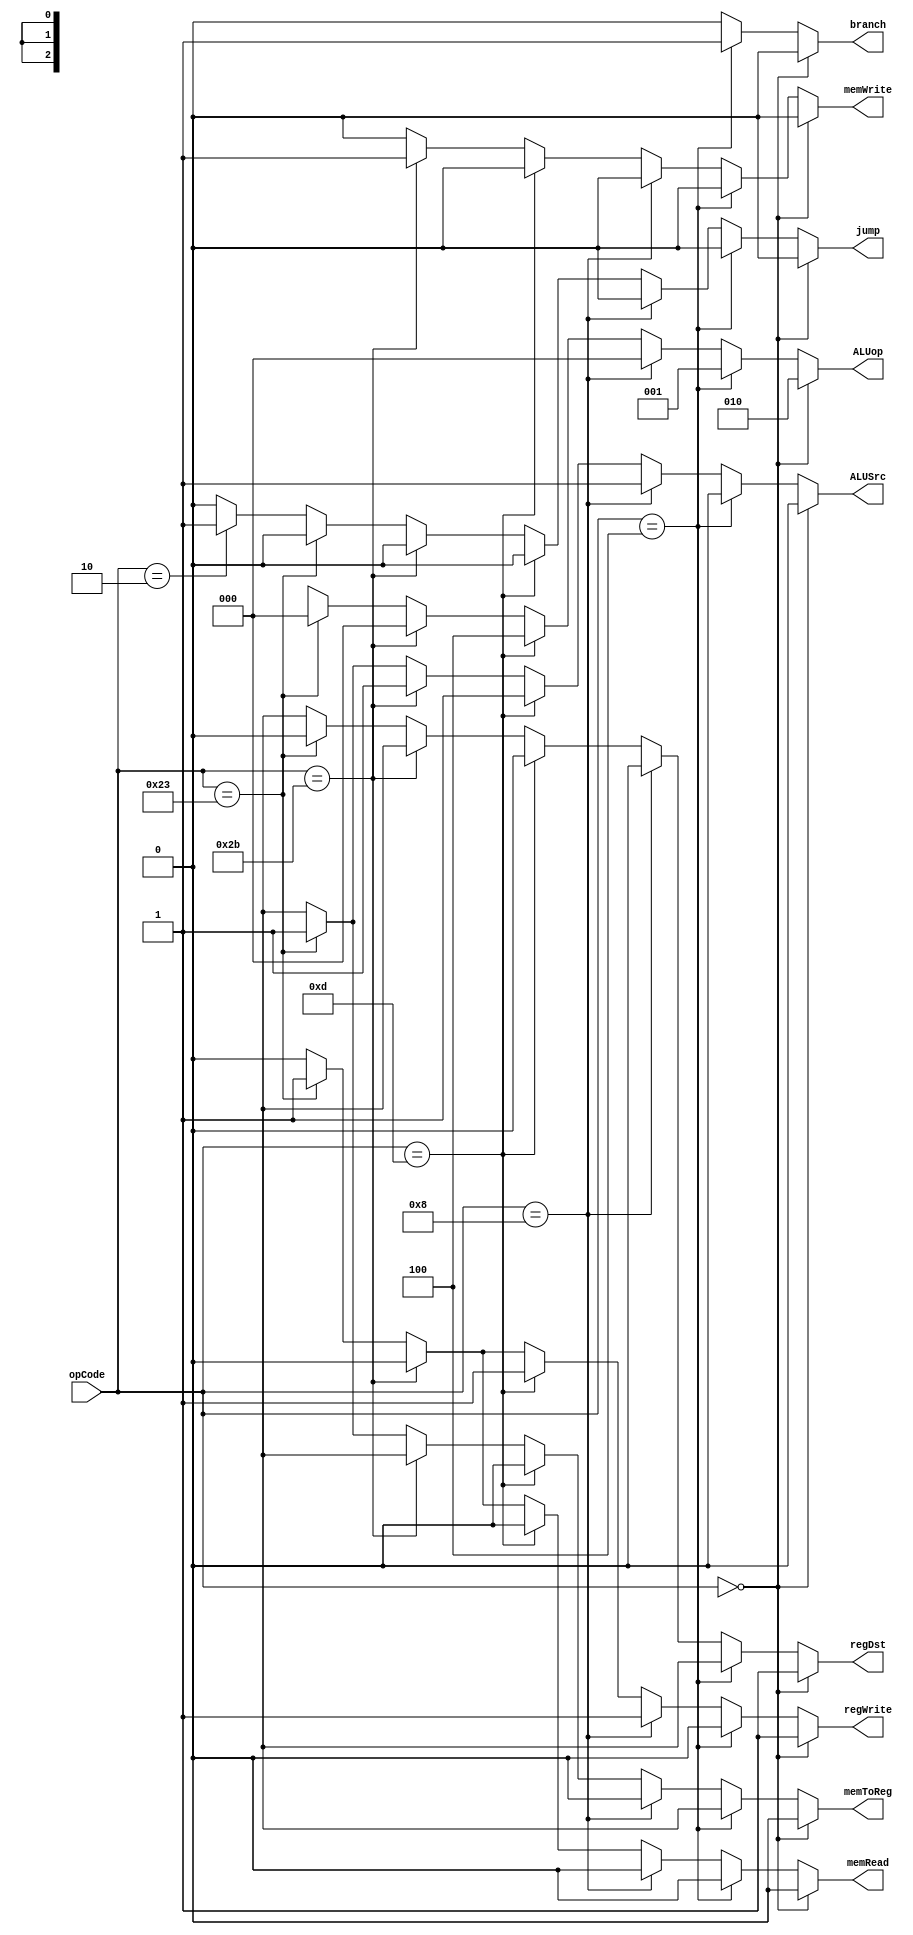
//control
module control(regDst, jump, branch, memRead, memToReg, ALUop, memWrite, ALUSrc, regWrite, opCode);

input[5:0] opCode;
output reg regDst,jump,branch,memRead,memToReg,memWrite,ALUSrc,regWrite;
output reg[2:0] ALUop;

always @(opCode)

begin


if(opCode==6'b000000) //R type 
begin
regDst<=1'b1;
jump<=1'b0;
branch<=1'b0;
memRead<=1'b0;
memToReg<=1'b0;
ALUop<=3'b010;
memWrite<=1'b0;
ALUSrc<=1'b0;
regWrite<=1'b1;
end


else if(opCode==6'b000100) //beq
begin
regDst<=1'bx;
jump<=1'b0;
branch<=1'b1;
memRead<=1'b0;
memToReg<=1'bx;
ALUop<=3'b001; //subtract 
memWrite<=1'b0;
ALUSrc<=1'b0;
regWrite<=1'b0;
end

else if(opCode==6'b001000) //addi 
begin
regDst<=1'b0;
jump<=1'b0;
branch<=1'b0;
memRead<=1'b0;
memToReg<=1'b0;
ALUop<=3'b000;
memWrite<=1'b0;
ALUSrc<=1'b1;
regWrite<=1'b1;
end

else if(opCode==6'b001101) //ori 
begin
regDst<=1'b0;
jump<=1'b0;
branch<=1'b0;
memRead<=1'b0;
memToReg<=1'b0;
ALUop<=3'b100; 
memWrite<=1'b0;
ALUSrc<=1'b1;
regWrite<=1'b1;
end

else if(opCode==6'b101011) //sw 
begin
regDst<=1'bx;
jump<=1'b0;
branch<=1'b0;
memRead<=1'b0;
memToReg<=1'bx;
ALUop<=3'b000; 
memWrite<=1'b1;
ALUSrc<=1'b1;
regWrite<=1'b0;
end

else if(opCode==6'b100011) //lw
begin
regDst<=1'b0;
jump<=1'b0;
branch<=1'b0;
memRead<=1'b1;
memToReg<=1'b1;
ALUop<=3'b000; 
memWrite<=1'b0;
ALUSrc<=1'b1;
regWrite<=1'b1;
end

else if(opCode==6'b000010) //j
begin
regDst<=1'bx;
jump<=1'b1;
branch<=1'b0;
memRead<=1'b0;
memToReg<=1'bx;
ALUop<=3'bxxx; 
memWrite<=1'b0;
ALUSrc<=1'bx;
regWrite<=1'b0;
end


else
begin
regDst<=1'bx;
jump<=1'b0;
branch<=1'b0;
memRead<=1'b0;
memToReg<=1'bx;
ALUop<=3'bxxx; 
memWrite<=1'b0;
ALUSrc<=1'bx;
regWrite<=1'b0;
end


end

endmodule
// MIPS ALU

module MIPSALU (ctl, readData1, lowerIn, shamt, ALUresult, zero);
// lowerIn is the mux output

input [3:0] ctl;
input [31:0] readData1,lowerIn;
input [4:0] shamt;
output reg [31:0] ALUresult;
output zero;

// Zero flag equals 1. if the output equals zero
assign zero = (ALUresult == 0);

always @ (ctl, readData1, lowerIn)
 case(ctl)
	0:ALUresult <= readData1 & lowerIn;		//and
	1:ALUresult <= readData1 | lowerIn;		//or (ori)
	2:ALUresult <= readData1 + lowerIn;		//add (lw, sw, addi)
	6:ALUresult <= readData1 - lowerIn;		//sub (beq)
	7:ALUresult <= readData1 < lowerIn ? 1:0;	//slt
	//12:ALUresult <= ~ (readData1 | lowerIn);	//nor
	14:ALUresult <= lowerIn >> shamt;		//sll
	default:ALUresult <= 0;
 endcase
endmodule

module ALUcontol (fn, ALUop, ctl);

input [2:0] ALUop;
input [5:0] fn;
output reg [3:0] ctl;

always @ (fn, ALUop)
// Add for load and stores
 if (ALUop == 3'b000)
 begin
	ctl <= 2;
 end
// Subtract for beq
 else if (ALUop == 3'b001)
 begin
	ctl <= 6;
 end
// Determined by funct for R-format
else if (ALUop == 3'b010)
 begin
   case(fn)
	32:ctl <= 2;	//add
	34:ctl <= 6;	//sub
	36:ctl <= 0;	//and
	37:ctl <= 1;	//or
	42:ctl <= 7;	//slt
	0:ctl <= 14;	//sll
	default:ctl <= 0;
   endcase
 end
// add for addi
else if (ALUop == 3'b011)
 begin
	ctl <= 0;
 end
// or for ori
else if (ALUop == 3'b100)
 begin
	ctl <= 1;
 end
// sub for beq
else if (ALUop == 3'b101)
 begin
	ctl <= 1;
 end

else
	ctl <= 1;
endmodule

module ALUMux (MUXout, readData2, in2, ALUSrc);

output [31:0] MUXout;
input [31:0] readData2, in2;
input ALUSrc;
assign  MUXout = (ALUSrc == 1'b0)? readData2:
		 (ALUSrc == 1'b1)? in2:
		1'bx;
endmodule

module testBench();

// All must be 32-bits, or it will simulate with warnings, but with misleading numbers
// Input must be readData1 reg in testing

reg [5:0] opCode;
reg [31:0] readData1, lowerIn;
reg [4:0] shamt;
reg [5:0] fn;
reg [31:0] readData2;
reg [31:0] in2;

// Outpt must be readData1 wire in testing (may not type wire)
wire [31:0] ALUresult;
wire [3:0] ctl;
wire regDst, jump, branch, memRead, memToReg, memWrite, ALUSrc, regWrite, zero;
wire [31:0] MUXout;
wire [2:0] ALUop;

initial 

begin

$monitor ("readData1=%d,lowerIn=%d,fn=%d,ctl=%b,zero=%b,ALUresult=%d,opcode=%d ->regDst=%b,jump=%b,branch=%b,memRead=%b,memToReg=%b,ALUop=%b,memWrite=%b,ALUSrc=%b,regWrite=%b",
	   readData1,MUXout, fn,ctl, zero,ALUresult, opCode, regDst,jump,branch,memRead, memToReg,ALUop,memWrite,ALUSrc,regWrite);

opCode=6'b000000;
fn =32;
readData1=34;
readData2=47;
in2=55;

#5

opCode=6'b101011;
fn =34;
readData1=44;
readData2=18;
in2=55;

#5

opCode=6'b000100;
fn =36;
readData1=4515;
readData2=777;
in2=55;

#5
opCode=6'b001000;
fn =37;
readData1=80;
readData2=2;
in2=55;

#5

opCode=6'b001101;
fn =42;
readData1=9584;
readData2=1888;
in2=55;

#5

opCode=6'b100011;
fn =34;
readData1=44;
readData2=18;
in2=55;

#5

opCode=6'b100011;
fn =34;
readData1=44;
readData2=18;
in2=55;

#5

opCode=6'b000010;
fn =34;
readData1=44;
readData2=18;
in2=55;

#5

opCode=6'b000010;
fn =34;
readData1=44;
readData2=18;
in2=55;

#5
opCode =6'b000010;
readData1=44;
readData2=18;
in2=55;

end

MIPSALU m1 (ctl, readData1, MUXout, shamt, ALUresult, zero);
ALUcontol c1 (fn, ALUop, ctl);
ALUMux mux1(MUXout, readData2, in2, ALUSrc);
control t1 (regDst, jump, branch, memRead, memToReg, ALUop, memWrite, ALUSrc, regWrite, opCode);
endmodule